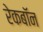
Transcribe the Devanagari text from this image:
रेकबॉन